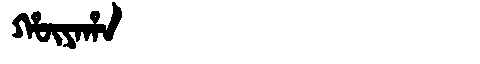
Manchu: ᡥᡡᠶᠠᡥᠠ
Romanization: HŪYAHA